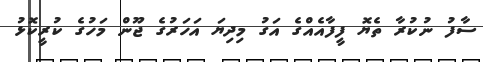
ސާފު ނުކުރާ ތެޔޮ ފީފާއެއްގެ އަގު މިދިޔަ އަހަރުގެ ޖޫން މަހުގެ ކުރީކޮޅު